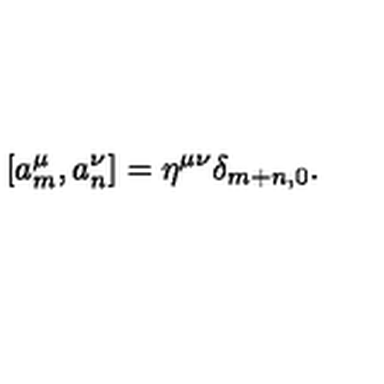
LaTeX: [ a _ { m } ^ { \mu } , a _ { n } ^ { \nu } ] = \eta ^ { \mu \nu } \delta _ { m + n , 0 } .